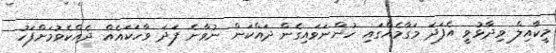
މީކާއިލް ވިދާޅުވީ އެފަދަ މަގާމެއްގައި ހުންނަވައިގެން ދައްކަން ނުވާނެ ފަދަ ވާހަކައެއް ދެއްކެވުމަށްފަހު